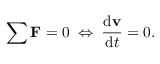
\sum \mathbf { F } = 0 \; \Leftrightarrow \; { \frac { \mathrm { d } \mathbf { v } } { \mathrm { d } t } } = 0 .